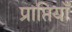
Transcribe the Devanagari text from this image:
प्राप्तियाँ